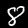
Label: 8